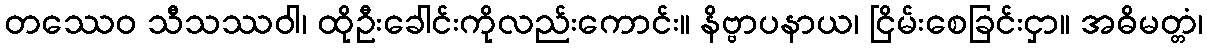
တဿေဝ သီသဿဝါ၊ ထိုဦးခေါင်းကိုလည်းကောင်း။ နိဗ္ဗာပနာယ၊ ငြိမ်းစေခြင်းငှာ။ အဓိမတ္တံ၊